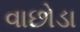
વાછોડા